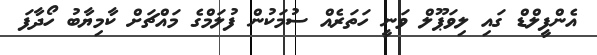
އެންފީލްޑް ގައި ލިވަޕޫލް ވަނީ ހަތަރެއް ސުމަކުން ފުލަމްގެ މައްޗަށް ކާމިޔާބު ހޯދާފަ